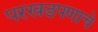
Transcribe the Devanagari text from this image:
परखडपणाचे